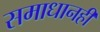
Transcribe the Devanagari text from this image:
समाधानही